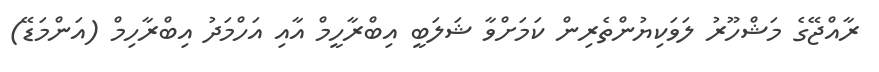
ރާއްޖޭގެ މަޝްހޫރު ލަވަކިޔުންތެރިން ކަމަށްވާ ޝަލަބީ އިބްރާހީމް އާއި އަހްމަދު އިބްރާހިމް (އަންމަޑޭ)